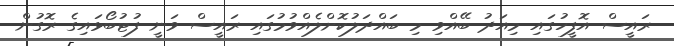
ރައީސް އޮފީހުގައި މިއަދު ބޭއްވި މި ބައްދަލުކޮށްލެއްވުމުގައި ރައީސް ވަނީ ފުޓުބޯޅައިގެ ރޮގުން